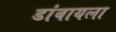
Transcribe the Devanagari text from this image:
डांबायला